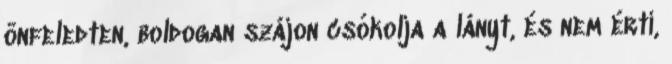
önfeledten, boldogan szájon csókolja a lányt, és nem érti,